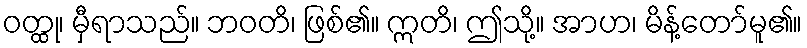
ဝတ္ထု၊ မှီရာသည်။ ဘဝတိ၊ ဖြစ်၏။ ဣတိ၊ ဤသို့။ အာဟ၊ မိန့်တော်မူ၏။